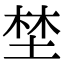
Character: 埜